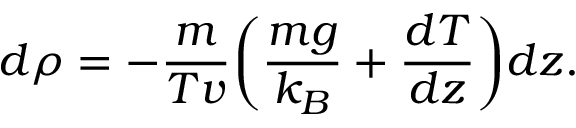
d \rho = - { \frac { m } { T v } } \bigg ( { \frac { m g } { k _ { B } } } + { \frac { d T } { d z } } \bigg ) d z .